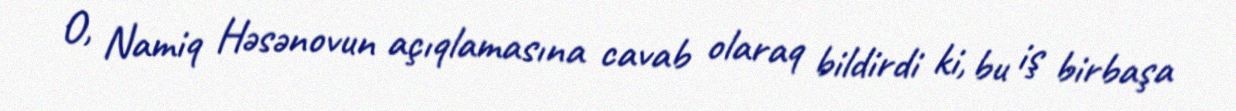
O, Namiq Həsənovun açıqlamasına cavab olaraq bildirdi ki, bu iş birbaşa